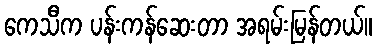
ကေသီက ပန်းကန်ဆေးတာ အရမ်းမြန်တယ်။